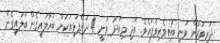
ދަރިވަރުން ވަނީ ބައިވެރިވެފައެވެ. އަދި މިއަދު ވަނީ 4 ދަންފަޅިއަކަށް ބަހާލައިގެން ބަލައިގެން